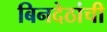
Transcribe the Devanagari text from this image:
बिनदेठांची